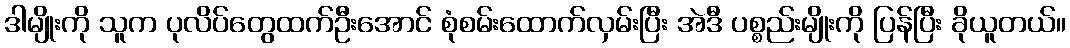
ဒါမျိုးကို သူက ပုလိပ်တွေထက်ဦးအောင် စုံစမ်းထောက်လှမ်းပြီး အဲဒီ ပစ္စည်းမျိုးကို ပြန်ပြီး ခိုယူတယ်။